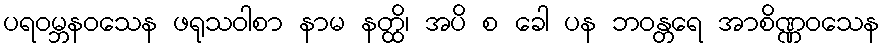
ပရဝမ္ဘနဝသေန ဖရုသဝါစာ နာမ နတ္ထိ၊ အပိ စ ခေါ ပန ဘဝန္တရေ အာစိဏ္ဏဝသေန